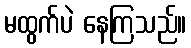
မထွက်ပဲ နေကြသည်။